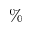
\%